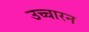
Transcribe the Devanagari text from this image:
उच्चारन